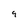
Character: 9